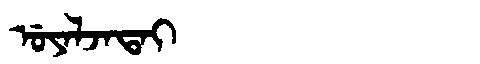
Manchu: ᡠᠶᠠᠯᠵᠠᡨᠠᡳ
Romanization: UYALJATAI